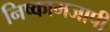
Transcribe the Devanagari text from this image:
निष्कामजापी